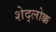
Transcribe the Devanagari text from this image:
शेद्लोक्क